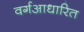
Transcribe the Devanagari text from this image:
वर्गआधारित